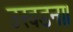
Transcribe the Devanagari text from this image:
उखडना।